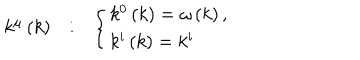
\begin{array} { c c c } { { k ^ { \mu } \left( k \right) } } & { { : } } & { { \left\{ \begin{array} { l } { { k ^ { 0 } \left( k \right) = \omega \left( k \right) , } } \\ { { k ^ { i } \left( k \right) = k ^ { i } } } \\ \end{array} \right. } } \\ \end{array}